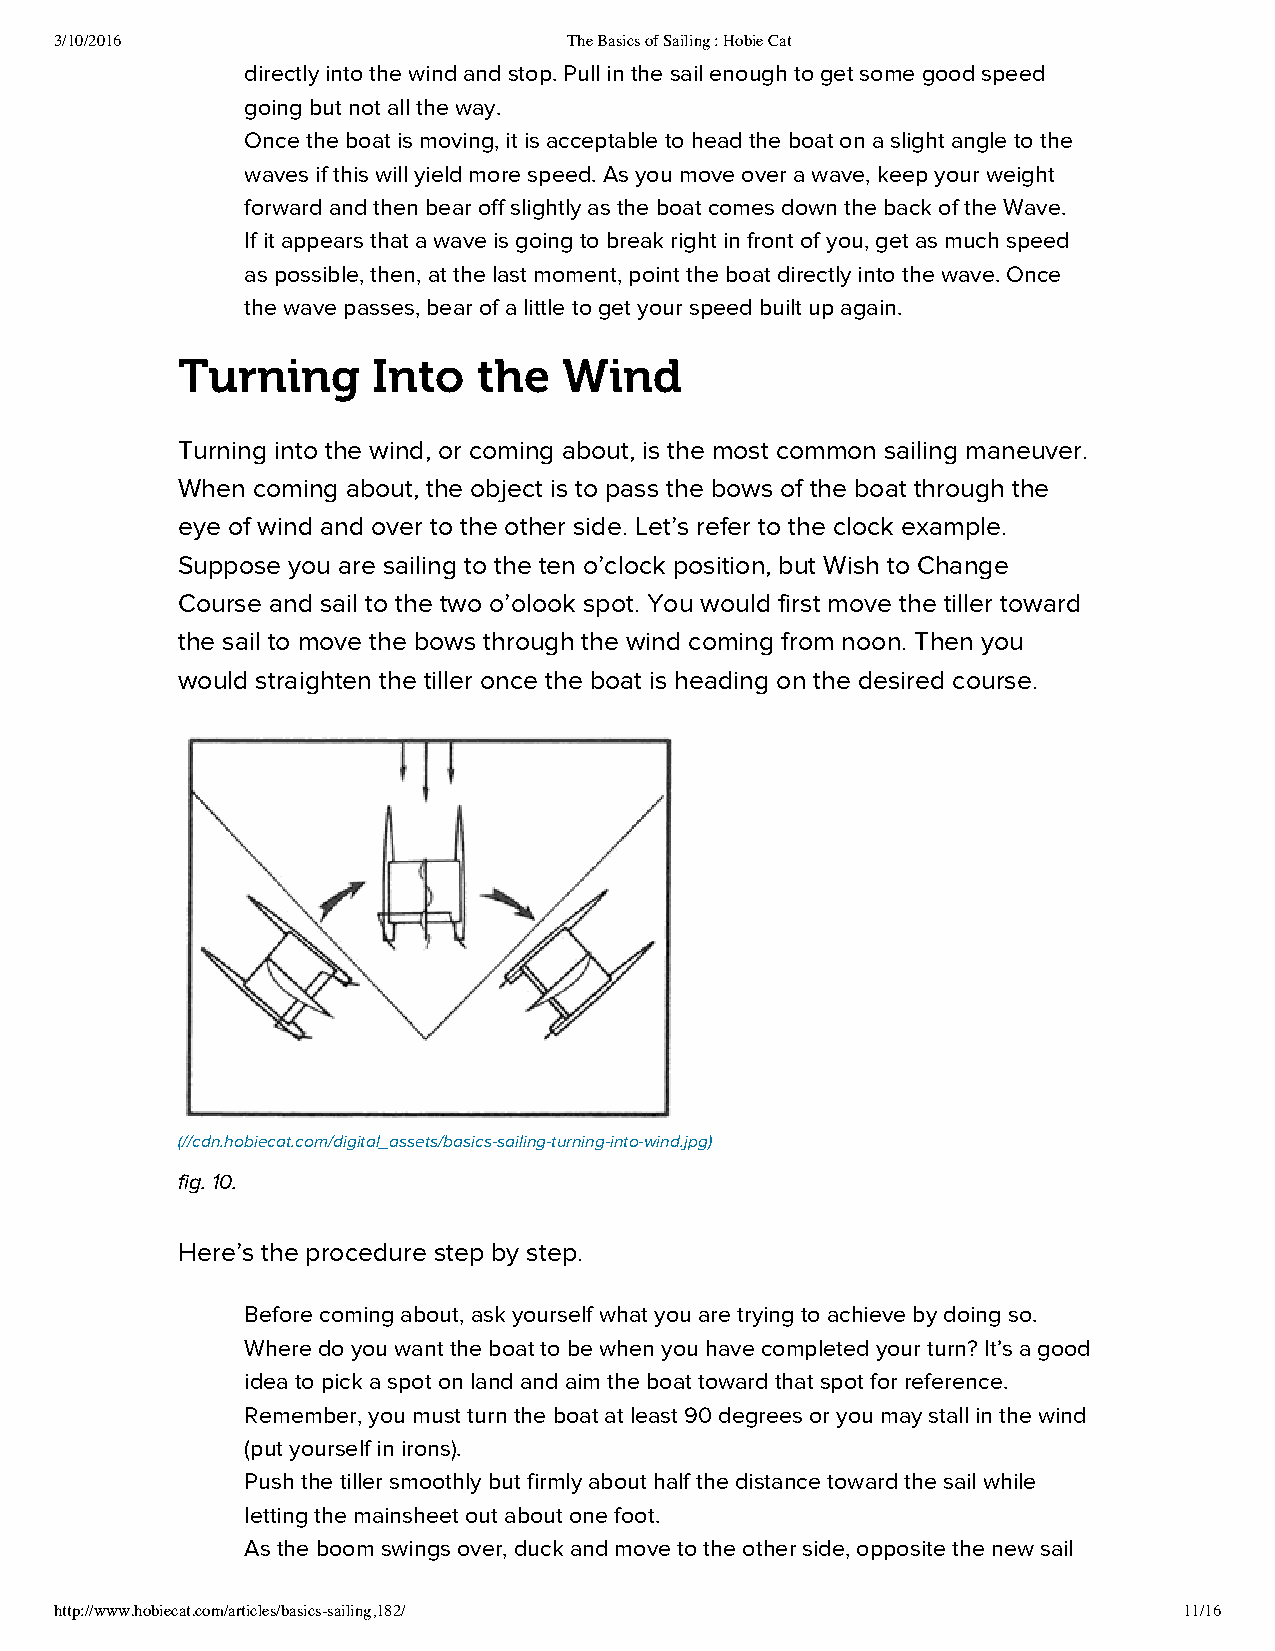
3/10/2016                         The Basics of Sailing : Hobie Cat
 directly into the wind and stop. Pull in the sail enough to get some good speed
 going but not all the way.
 Once the boat is moving, it is acceptable to head the boat on a slight angle to the
 waves if this will yield more speed. As you move over a wave, keep your weight
 forward and then bear off slightly as the boat comes down the back of the Wave.
 If it appears that a wave is going to break right in front of you, get as much speed
 as possible, then, at the last moment, point the boat directly into the wave. Once
 the wave passes, bear of a little to get your speed built up again.
 Turning      Into   the  Wind
 Turning into the wind, or coming about, is the most common sailing maneuver.
 When coming about, the object is to pass the bows of the boat through the
 eye of wind and over to the other side. Let’s refer to the clock example.
 Suppose you are sailing to the ten o’clock position, but Wish to Change
 Course and sail to the two o’olook spot. You would first move the tiller toward
 the sail to move the bows through the wind coming from noon. Then you
 would straighten the tiller once the boat is heading on the desired course.
 (//cdn.hobiecat.com/digital_assets/basics-sailing-turning-into-wind.jpg)
 fig. 10.
 Here’s the procedure step by step.
 Before coming about, ask yourself what you are trying to achieve by doing so.
 Where do you want the boat to be when you have completed your turn? It’s a good
 idea to pick a spot on land and aim the boat toward that spot for reference.
 Remember, you must turn the boat at least 90 degrees or you may stall in the wind
 (put yourself in irons).
 Push the tiller smoothly but firmly about half the distance toward the sail while
 letting the mainsheet out about one foot.
 As the boom swings over, duck and move to the other side, opposite the new sail
 http://www.hobiecat.com/articles/basics-sailing,182/                      11/16